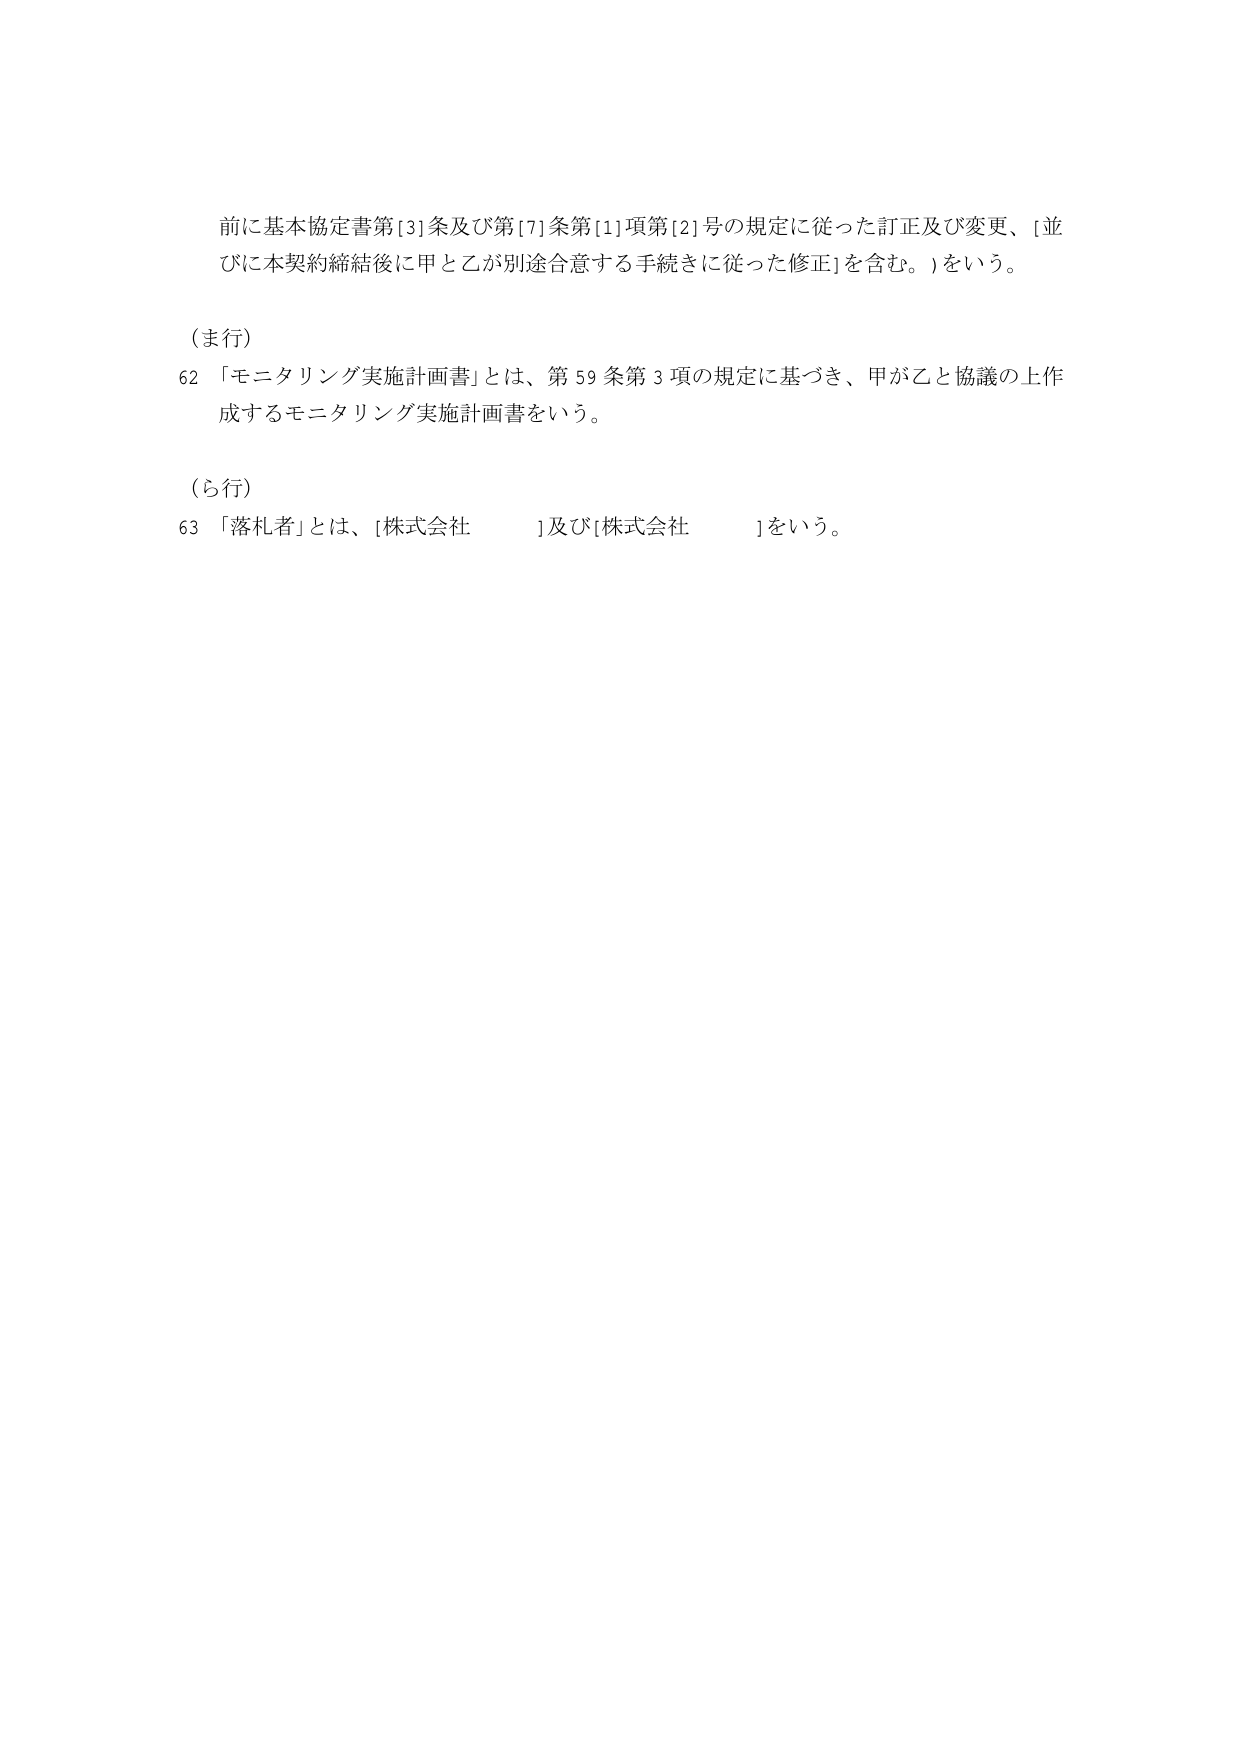
前に基本協定書第[3]条及び第[7]条第[1]項第[2]号の規定に従った訂正及び変更、[並びに本契約締結後に甲と乙が別途合意する手続きに従った修正]を含む。)をいう。

(ま行)
62 「モニタリング実施計画書」とは、第59条第3項の規定に基づき、甲が乙と協議の上作成するモニタリング実施計画書をいう。

(ら行)
63 「落札者」とは、[株式会社　　　　]及び[株式会社　　　　]をいう。